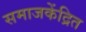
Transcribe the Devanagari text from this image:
समाजकेंद्रित